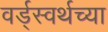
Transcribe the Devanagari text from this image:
वर्ड्‌स्वर्थच्या